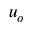
u _ { o }